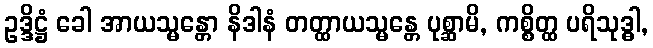
ဥဒ္ဒိဋ္ဌံ ခေါ အာယသ္မန္တော နိဒါနံ တတ္ထာယသ္မန္တေ ပုစ္ဆာမိ, ကစ္စိတ္ထ ပရိသုဒ္ဓါ,